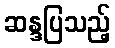
ဆန္ဒပြသည့်